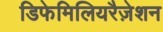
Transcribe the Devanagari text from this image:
डिफेमिलियरैज़ेशन